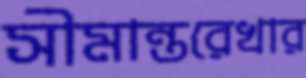
সীমান্তরেখার